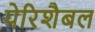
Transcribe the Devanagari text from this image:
पेरिशैबल